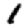
Digit: 1